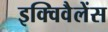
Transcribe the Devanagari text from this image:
इक्विवैलेंस